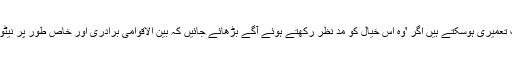
جان کربی نے کہا کہ ایسے مذاکرات تعمیری ہوسکتے ہیں اگر 'وہ اس خیال کو مد نظر رکھتے ہوئے آگے بڑھائے جائیں کہ بین الاقوامی برادری اور خاص طور پر نیٹو کے مینڈیٹ کا خیال رکھا جائے گا'۔